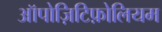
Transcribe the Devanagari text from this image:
ऑपोज़िटिफ़ोलियम